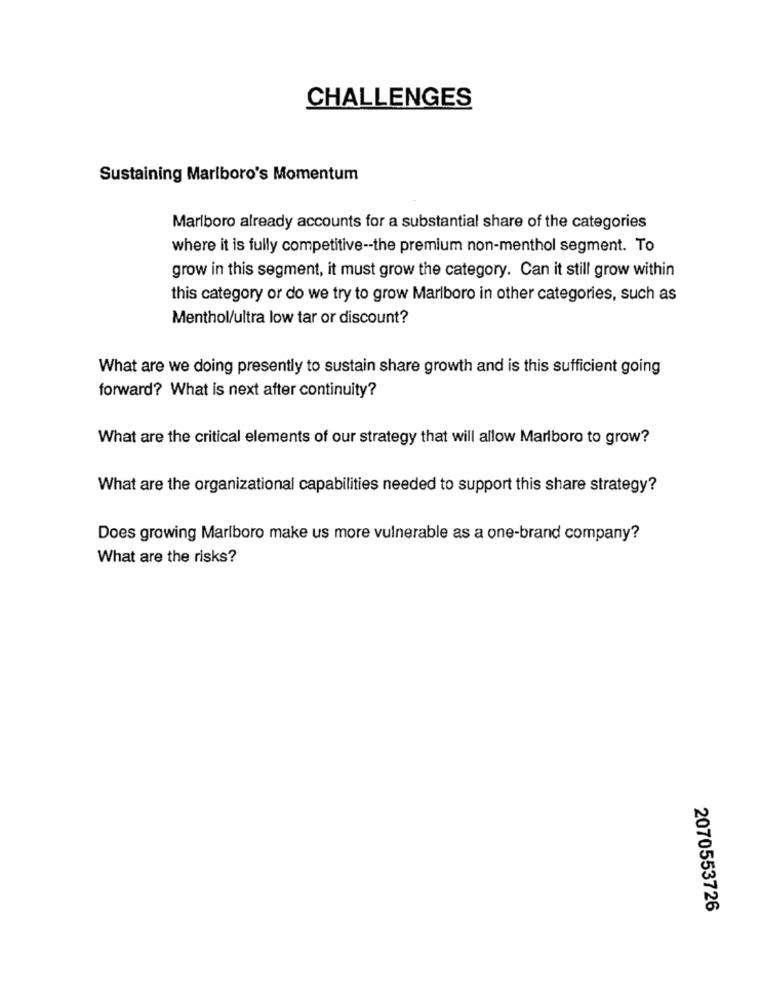
CHALLENGES
Sustaining Marlboro's Momentum
Marlboro already accounts for a substantial share of the categories
where it is fully competitive -- the premium non-menthol segment. To
grow in this segment, it must grow the category. Can it still grow within
this category or do we try to grow Marlboro in other categories, such as
Menthol/ultra low tar or discount?
What are we doing presently to sustain share growth and is this sufficient going
forward? What is next after continuity?
What are the critical elements of our strategy that will allow Marlboro to grow?
What are the organizational capabilities needed to support this share strategy?
Does growing Marlboro make us more vulnerable as a one-brand company?
What are the risks?
2070553726